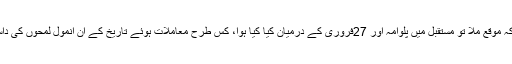
انہوں نے کہا کہ موقع ملا تو مستقبل میں پلوامہ اور 27فروری کے درمیان کیا کیا ہوا، کس طرح معاملات ہوئے تاریخ کے ان انمول لمحوں کی داستان لکھوں گا۔